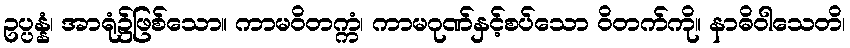
ဥပ္ပန္နံ၊ အာရုံ၌ဖြစ်သော။ ကာမဝိတက္ကံ၊ ကာမဂုဏ်နှင့်စပ်သော ဝိတက်ကို။ နာဓိဝါသေတိ၊